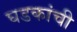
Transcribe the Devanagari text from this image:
घडकांची